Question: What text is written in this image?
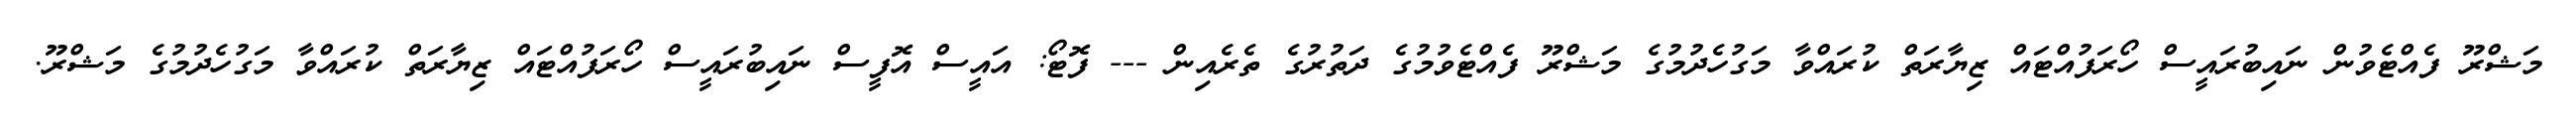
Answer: މަޝްރޫ ފެއްޓެވުން ނައިބުރައީސް ހޯރަފުއްޓައް ޒިޔާރަތް ކުރައްވާ މަގުހެދުމުގެ މަޝްރޫ ފެއްޓެވުމުގެ ދަތުރުގެ ތެރެއިން --- ފޮޓޯ: އައީސް އޮފީސް ނައިބުރައީސް ހޯރަފުއްޓައް ޒިޔާރަތް ކުރައްވާ މަގުހެދުމުގެ މަޝްރޫ.